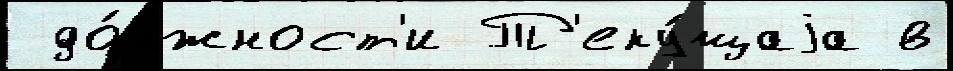
 до́лжност'и Т'еку́щаjа в